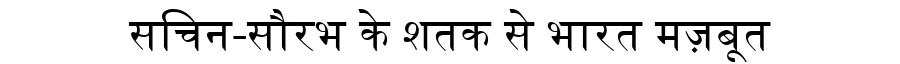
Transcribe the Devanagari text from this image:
सचिन-सौरभ के शतक से भारत मज़बूत